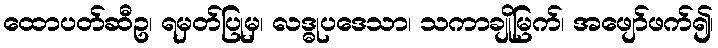
ထောပတ်ဆီဥ၊ ရမှတ်ပြုမှ၊ လဒ္ဓုပဒေသာ၊ သကာချိုမြက်၊ အဖျော်ဖက်၍၊